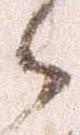
々